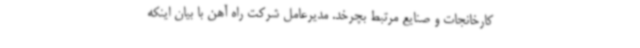
کارخانجات و صنایع مرتبط بچرخد. مدیرعامل شرکت راه آهن با بیان اینکه